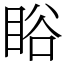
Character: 䀰